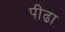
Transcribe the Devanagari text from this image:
पीढा